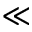
\ll